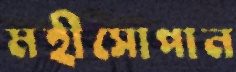
মহীসোপান